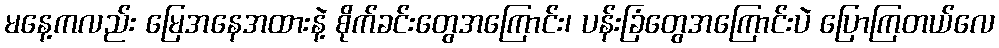
မနေ့ကလည်း မြေအနေအထားနဲ့ စိုက်ခင်းတွေအကြောင်း၊ ပန်းခြံတွေအကြောင်းပဲ ပြောကြတယ်လေ